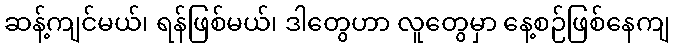
ဆန့်ကျင်မယ်၊ ရန်ဖြစ်မယ်၊ ဒါတွေဟာ လူတွေမှာ နေ့စဉ်ဖြစ်နေကျ